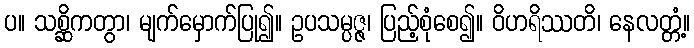
ပ။ သစ္ဆိကတွာ၊ မျက်မှောက်ပြု၍။ ဥပသမ္ပဇ္ဇ၊ ပြည့်စုံစေ၍။ ဝိဟရိဿတိ၊ နေလတ္တံ့။